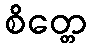
စိတ္တေ